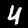
Label: 4